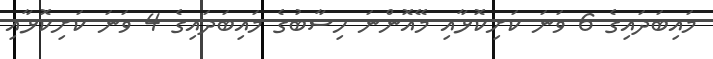
މައިބަދައިގެ 6 ވަނަ ކަށިކޮޅާއި މޭއޮންނަ ހިސާބުގެ މައިބަދައިގެ 4 ވަނަ ކަށިކޮޅާއި